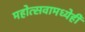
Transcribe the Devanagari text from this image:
महोत्सवामध्येही